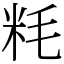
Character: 粍